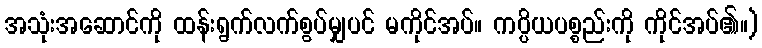
အသုံးအဆောင်ကို ထန်းရွက်လက်စွပ်မျှပင် မကိုင်အပ်။ ကပ္ပိယပစ္စည်းကို ကိုင်အပ်၏။)